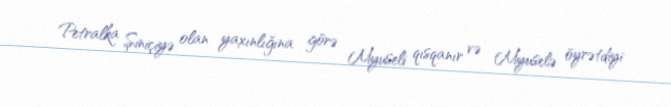
Petralka Şiniçiyə olan yaxınlığına görə Myuseli qısqanır və Myuselə öyrətdiyi